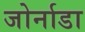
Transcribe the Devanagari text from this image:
जोर्नाडा